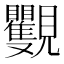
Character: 𧢭